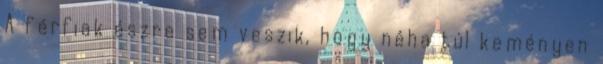
A férfiak észre sem veszik, hogy néha túl keményen